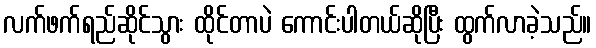
လက်ဖက်ရည်ဆိုင်သွား ထိုင်တာပဲ ကောင်းပါတယ်ဆိုပြီး ထွက်လာခဲ့သည်။